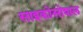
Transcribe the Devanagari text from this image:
साइकोसोशल